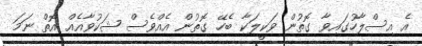
އެ އިސްލާހުގައިވާ ގޮތުން ވަކީލަކާ ބެހޭ ގޮތުން އެއްވެސް ޝަކުވާއެއް އޮތް ނަމަ